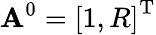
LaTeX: \mathbf{A}^{0}=\left[1,R\right]^{\mathrm{T}}